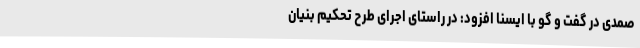
صمدی در گفت و گو با ایسنا افزود: در راستای اجرای طرح تحکیم بنیان